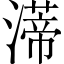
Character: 𤀐